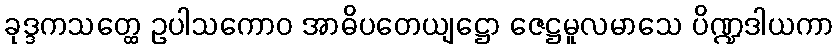
ခုဒ္ဒကသတ္ထေ ဥပါသကောဝ အာဓိပတေယျဋ္ဌော ဇေဋ္ဌမူလမာသေ ပိဏ္ဍဒါယကာ